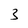
Character: 3